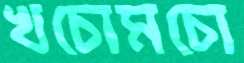
খচোমচো